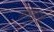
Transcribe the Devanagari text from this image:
मंगेशकरने